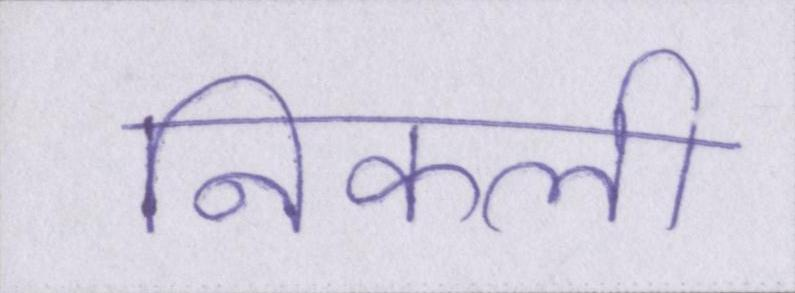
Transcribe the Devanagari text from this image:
निकली